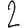
Digit: 2